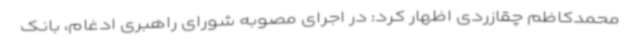
محمدکاظم چقازردی اظهار کرد: در اجرای مصوبه شورای راهبری ادغام، بانک